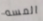
المسه